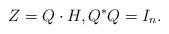
LaTeX: \begin{align*}Z=Q\cdot H, Q^\ast Q=I_n.\end{align*}